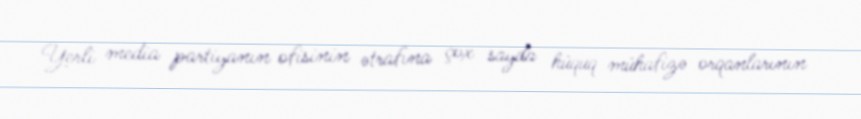
Yerli media partiyanın ofisinin ətrafına çox sayda hüquq mühafizə orqanlarının